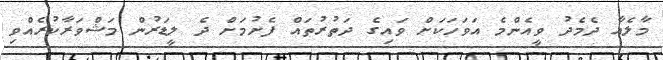
މާލެއާ ދެމެދު ވީއެންމެ އަވަހަކަށް ވައިގެ ދަތުރުތައް ފެށުމަށް ދެ ލީޑަރުން މަޝްވަރާކުރެއްވި